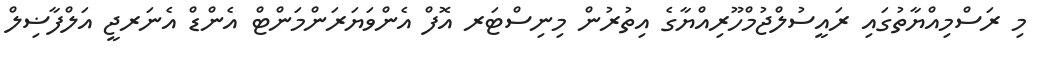
މި ރަސްމިއްޔާތުގައި ރައީސުލްޖުމްހޫރިއްޔާގެ އިތުރުން މިނިސްޓަރ އޮފް އެންވަޔަރަންމަންޓް އެންޑް އެނަރޖީ އަލްފާޟިލް